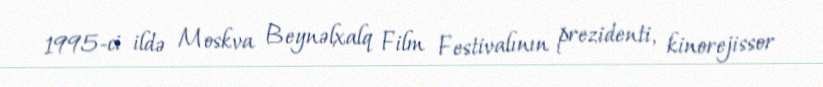
1995-ci ildə Moskva Beynəlxalq Film Festivalının prezidenti, kinorejissor